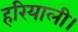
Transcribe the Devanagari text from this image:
हरियाली।